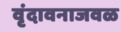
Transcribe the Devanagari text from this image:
वृंदावनाजवळ